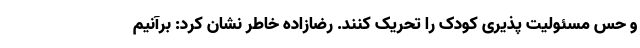
و حس مسئولیت پذیری کودک را تحریک کنند. رضازاده خاطر نشان کرد: برآنیم